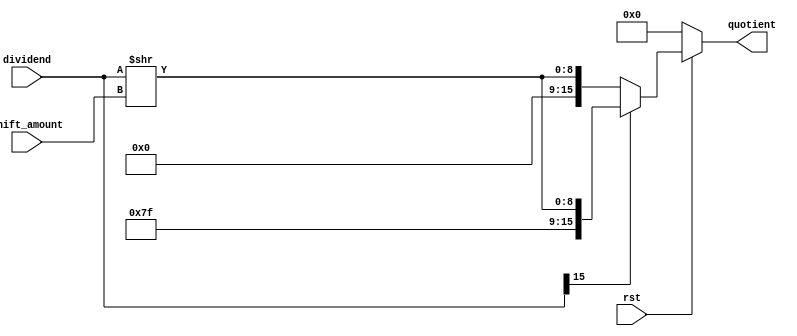
module divider #(
    parameter DATA_WIDTH = 16 // Width of the input dividend
)
(
    input rst,                        // Reset signal
    input wire [DATA_WIDTH-1:0] dividend, // Input dividend
    input wire [2:0] shift_amount,   // Shift amount (log2 of the divisor)
    output reg [DATA_WIDTH-1:0] quotient // Output quotient
);

    reg [DATA_WIDTH-1:0] pre_quotient; // Intermediate quotient calculation

    always @*
    begin 
        if (!rst)
        begin
            quotient <= 0;
            pre_quotient <= 0;
        end
        else
        begin
            pre_quotient = dividend >> shift_amount; // Right shift to divide by 2^N

            // Sign extension based on the sign bit of pre_quotient
            if (dividend[DATA_WIDTH-1] == 1'b1)
                quotient <= {{DATA_WIDTH-9{1'b1}}, pre_quotient[DATA_WIDTH-8:0]}; // Sign extend with 7 bits of 1s
            else
                quotient <= {{DATA_WIDTH-9{1'b0}}, pre_quotient[DATA_WIDTH-8:0]}; // Sign extend with 7 bits of 0s
        end
    end

endmodule